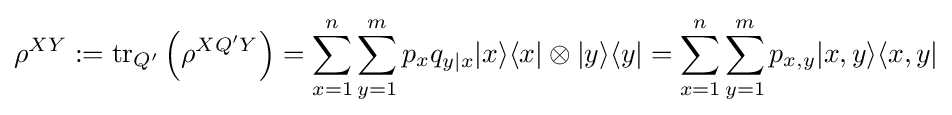
\rho ^{XY}:=\operatorname {tr} _{Q'}\left(\rho ^{XQ'Y}\right)=\sum _{x=1}^{n}\sum _{y=1}^{m}p_{x}q_{y|x}|x\rangle \langle x|\otimes |y\rangle \langle y|=\sum _{x=1}^{n}\sum _{y=1}^{m}p_{x,y}|x,y\rangle \langle x,y|